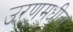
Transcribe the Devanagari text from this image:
उरणमधील